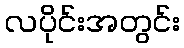
လပိုင်းအတွင်း